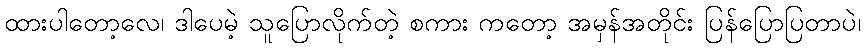
ထားပါတော့လေ၊ ဒါပေမဲ့ သူပြောလိုက်တဲ့ စကား ကတော့ အမှန်အတိုင်း ပြန်ပြောပြတာပဲ၊